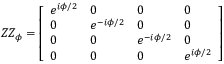
Z Z _ { \phi } = { \left[ \begin{array} { l l l l } { e ^ { i \phi / 2 } } & { 0 } & { 0 } & { 0 } \\ { 0 } & { e ^ { - i \phi / 2 } } & { 0 } & { 0 } \\ { 0 } & { 0 } & { e ^ { - i \phi / 2 } } & { 0 } \\ { 0 } & { 0 } & { 0 } & { e ^ { i \phi / 2 } } \end{array} \right] }